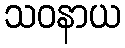
သဝနာယ